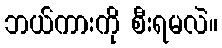
ဘယ်ကားကို စီးရမလဲ။